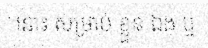
នោះ សម្រាប់ ខ្លួន ឯង ឬ